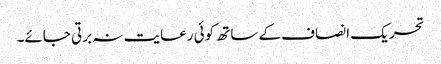
تحریک انصاف کے ساتھ کوئی رعایت نہ برتی جائے۔